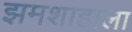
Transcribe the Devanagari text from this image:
झमशाहाला